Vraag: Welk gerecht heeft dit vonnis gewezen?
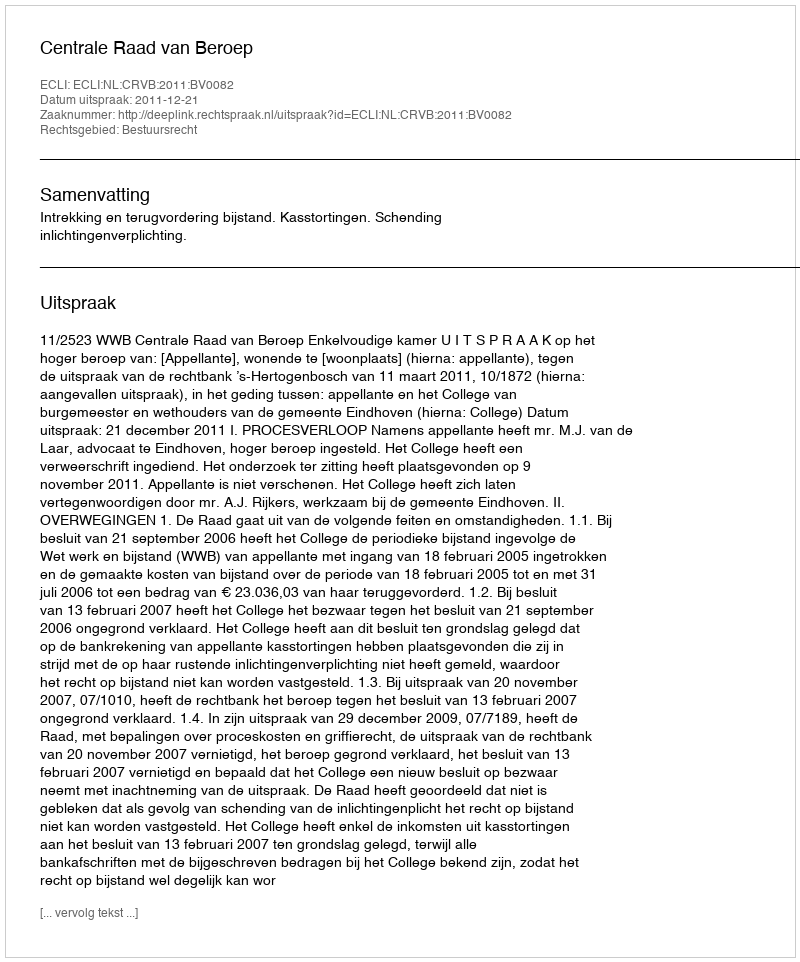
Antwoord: Centrale Raad van Beroep